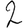
Digit: 2